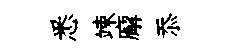
悉竦廨忝